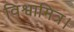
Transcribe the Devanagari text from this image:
विश्वामित्र।